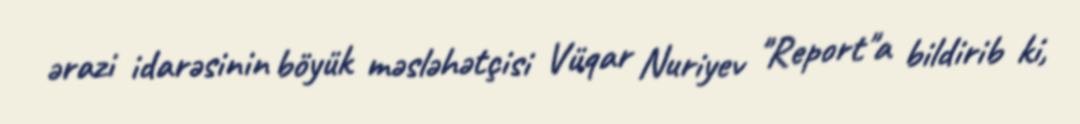
ərazi idarəsinin böyük məsləhətçisi Vüqar Nuriyev "Report"a bildirib ki,